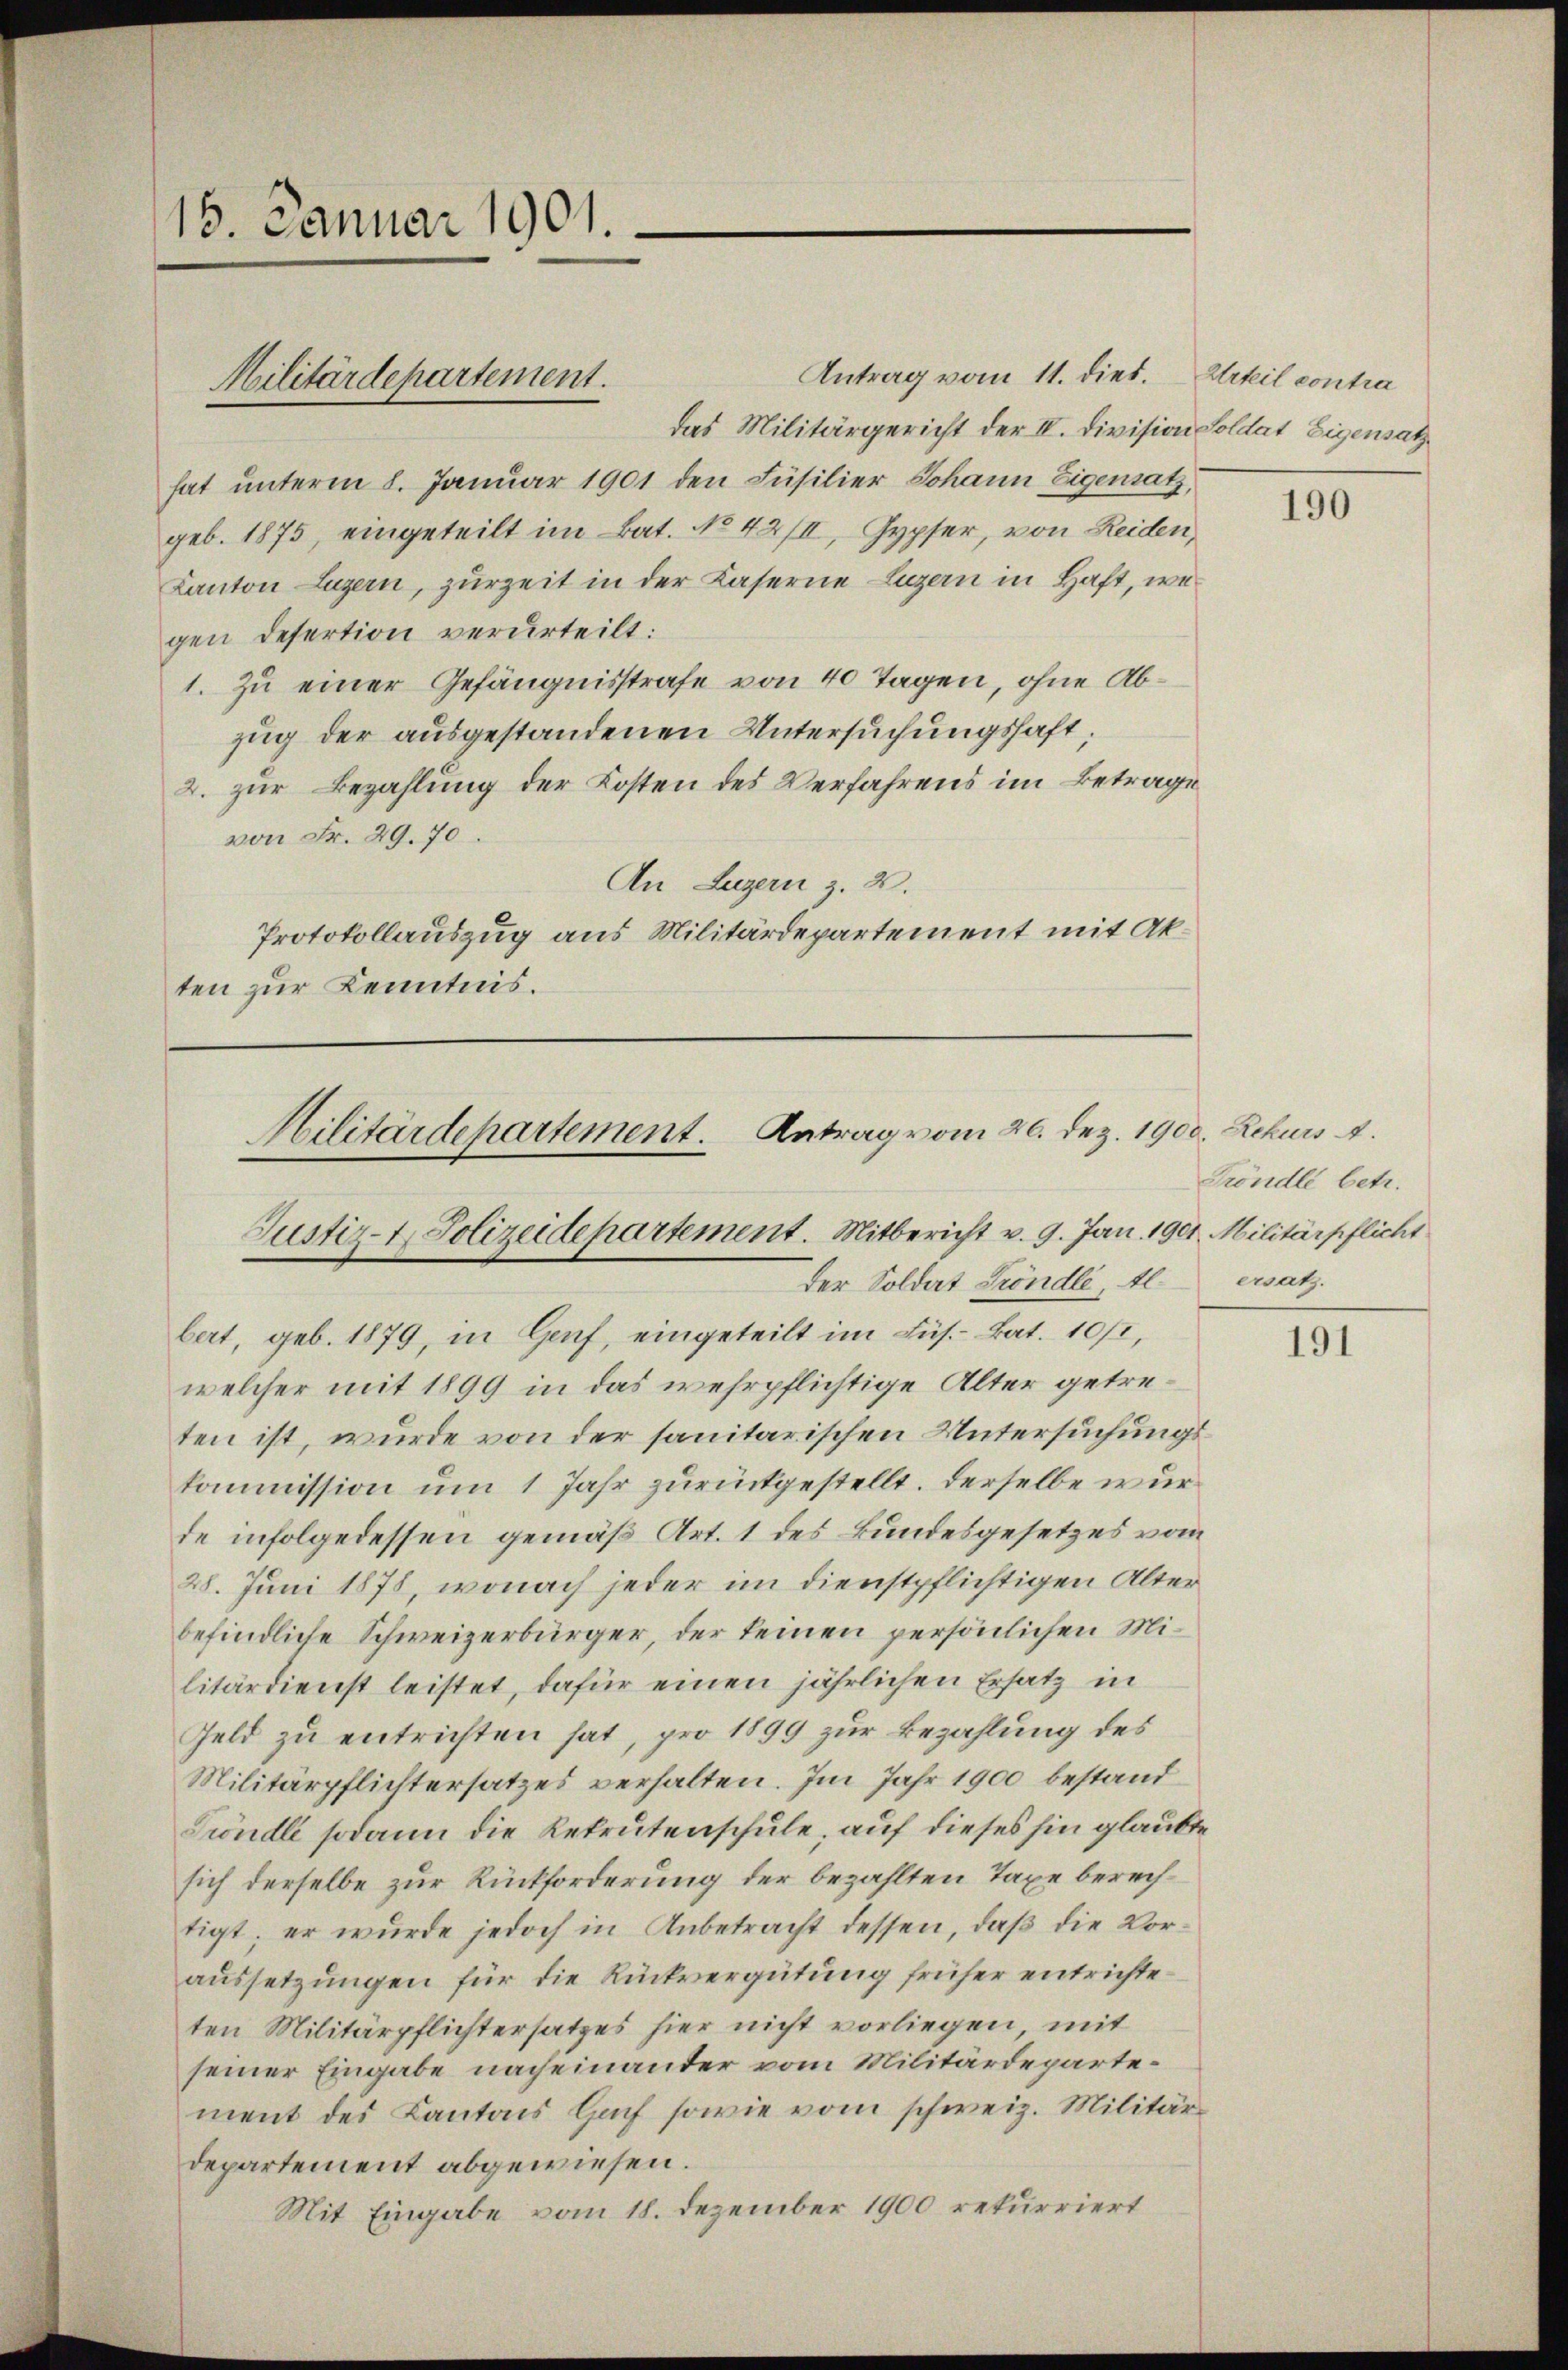
15. Januar 1901.

Antrag vom 11. dies.
das Militärgericht der II. Division Soldat Eigensatz
hat unterm 8. Januar 1901 den Füsilier Johann Eigensatz,
geb. 1875, eingeteilt im Bat. No 42/II, Gypfer, von Reiden,
Kanton Luzern, zurzeit in der Kaserne Luzern in Haft, we
gen Desertion verurteilt:
1. Zu einer Gefängnisstrafe von 40 Tagen, ohne Abzug der ausgestandenen Untersuchungshaft;
2. zur Bezahlung der Kosten des Verfahrens im Betrage
von Fr. 29. 70.
An Luzern z. B.
Protokollauszug aus Militärdepartement mit Akten zur Kenntnis.

Militärdepartement.

Hilitärdepartement. Antrag vom 26. Dez. 1900. Rekurs .
Justiz-t. Polizeidepartement. Mitbericht v. 9. Jan. 1901. Militärpflicht
Der Soldat Kröndle, Al.

Urteil contra

bert, geb. 1879, in Genf, eingeteilt im Lüs. - Bat. 10/1,
welcher mit 1899 in das wehrpflichtige Alter getreten ist, wurde von der sanitarischen Untersuchungskommission um 1 Jahr zurückgestellt. Derselbe wurde infolgedessen gemäß Art. 1 des Bundesgesetzes vom
28. Juni 1878, wonach jeder im dienstpflichtigen Alter
befindliche Schweizerbürger, der keinen persönlichen Militärdienst leistet, dafür einen jährlichen Ersatz in
Geld zu entrichten hat, pro 1899 zur Bezahlung des
Militärpflichtersatzes verhalten. Im Jahr 1900 bestand
Fröndle sodann die Rekrutenschule, auf dieses hin glaubte
sich derselbe zur Rückforderung der bezahlten Taxe berechtigt; er wurde jedoch in Anbetracht dessen, daß die Voraussetzungen für die Rückvergütung früher entrichteten Militärpflichtersatzes hier nicht vorliegen, mit
seiner Eingabe nacheinander vom Militärdepartement des Kantons Gach sowie vom schweiz. Militärdepartement abgewiesen.
Mit Eingabe vom 18. Dezember 1900 rekurriert

190

Fröndle betr.
matz.

191